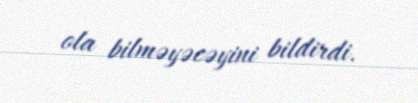
ola bilməyəcəyini bildirdi.